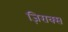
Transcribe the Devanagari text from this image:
ज़िराक्स